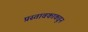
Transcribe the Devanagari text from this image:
प्रस्तावकाकडून